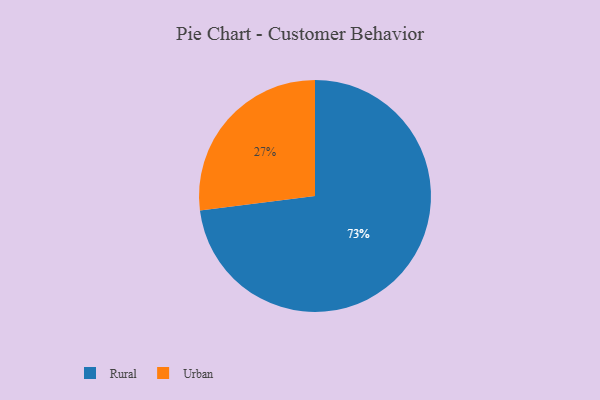
{"axis": {"x": "Category", "y": "Percentage"}, "legend": ["Rural", "Urban"], "data": [{"x": "Rural", "y": 73, "type": "Rural"}, {"x": "Urban", "y": 27, "type": "Urban"}]}